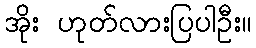
အိုး ဟုတ်လားပြပါဦး။